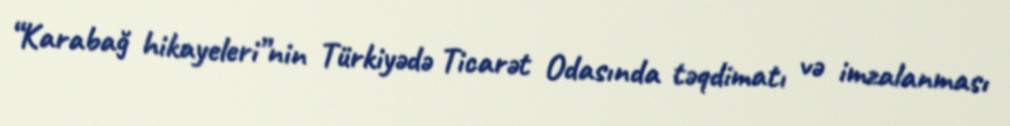
“Karabağ hikayeleri”nin Türkiyədə Ticarət Odasında təqdimatı və imzalanması